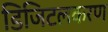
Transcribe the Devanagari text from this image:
डिजिटलकरण